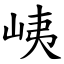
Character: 峓